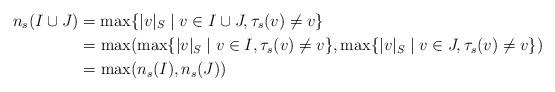
LaTeX: \begin{align*} n_s(I\cup J)&=\max \{\lvert v\rvert_S\mid v\in I\cup J, \tau_s(v)\neq v\}\\&=\max (\max\{\lvert v\rvert_S\mid v\in I, \tau_s(v)\neq v\},\max \{\lvert v\rvert_S\mid v\in J, \tau_s(v)\neq v\})\\&=\max (n_s(I),n_s(J))\end{align*}